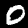
Digit: 0